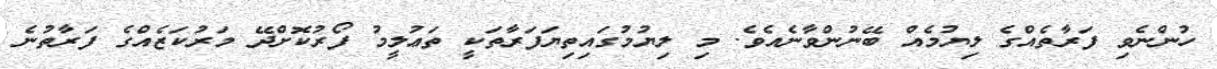
ހުންނެވި ފަރާތެއްގެ ލިޔުމެއް ބޭނުންވާނެއެވެ. މި ލިޔުމުގައިތިޔަފަރާތަކީ ތަޢުލީމު ފޯރުކޮށްދޭ މަރުކަޒެއްގެ ފަރާތުނެ